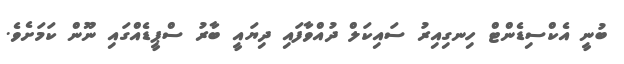
ބުނީ އެކްސިޑެންޓް ހިނގިއިރު ސައިކަލް ދުއްވާފައި ދިޔައީ ބާރު ސްޕީޑެއްގައި ނޫން ކަމަށެވެ.